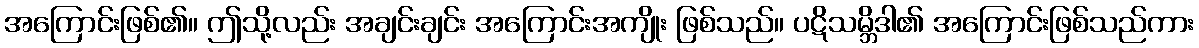
အကြောင်းဖြစ်၏။ ဤသို့လည်း အချင်းချင်း အကြောင်းအကျိုး ဖြစ်သည်။ ပဋိသမ္ဘိဒါ၏ အကြောင်းဖြစ်သည်ကား